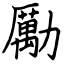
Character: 勵